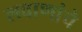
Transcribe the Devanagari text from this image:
लवाणांचे